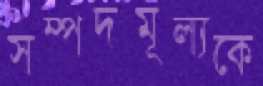
সম্পদমূল্যকে